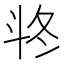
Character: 𣁲